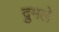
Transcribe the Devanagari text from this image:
द्रुमले